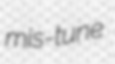
mis-tune